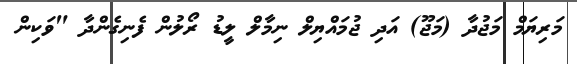
މަރިޔަމް މަޖުދާ (މަޖޫ) އަދި ޖުމައްޔިލް ނިމާލް ލީޑު ރޯލުން ފެނިގެންދާ "ވަކިން